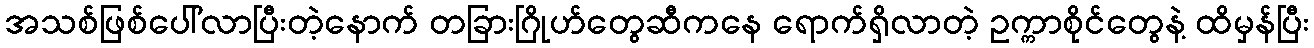
အသစ်ဖြစ်ပေါ်လာပြီးတဲ့နောက် တခြားဂြိုဟ်တွေဆီကနေ ရောက်ရှိလာတဲ့ ဥက္ကာစိုင်တွေနဲ့ ထိမှန်ပြီး